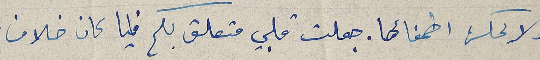
ولا يمكن اطفأها. جعلت قلبي متعلق بكم فليا كان خلاف